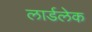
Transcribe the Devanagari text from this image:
लार्डलेक